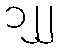
၁၂၂